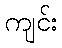
ကျင်း